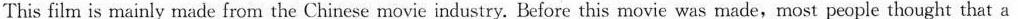
This film is mainly made from the Chinese movie industry. Before this movie was made,most people thought that a Chinese-made sci-fi movie would not do as well as America's,but The Wandering Earth has changed the situation forever. Through the efforts of Gwo's team, the film is successful.It has already brought in around $560 million in China in just two weeks. If you want to know how Chinese save the Earth,go to the cinema and enjoy the movie. 回答下面5个问题,每题答案不超过6个单词. 1. Who is the director of The Wandering Earth? ___ 2. How soon will the Sun eat the Earth in the movie? 3. How many people are dead in the movie? __ 4. What is the plan to save the Earth? 5.How does The Wandering Earth achieve success according to the passage?